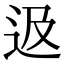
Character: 﨤